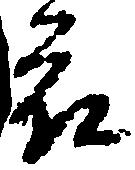
被